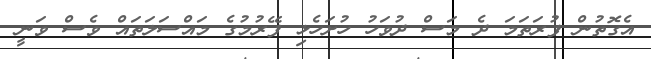
އެގޮތުން ފުރަތަމަ ދެ މަސް ދުވަހު ހުށަހެޅި ފޭރުމުގެ މައްސަލަތައް ވެސް ވަނީ